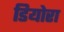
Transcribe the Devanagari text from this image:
डियोरा